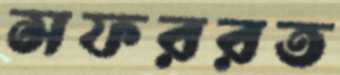
সফররত